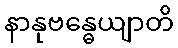
နာနုဗန္ဓေယျာတိ